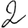
Digit: 2